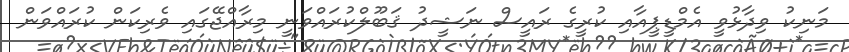
މަނިކު ވިދާޅުވީ އެމްޑީޕީއާއި ކުރީގެ ރައީސް ނަޝީދު ޤަބޫލްކުރައްވަނީ މިރާއްޖޭގައި ވެރިކަން ކުރައްވަން